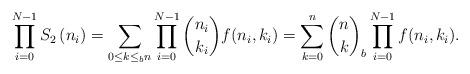
LaTeX: \begin{align*}\prod_{i=0}^{N-1}S_2\left(n_i\right) = \sum_{0\leq k \leq_b n} \prod_{i=0}^{N-1}\binom{n_i}{k_i}f(n_i,k_i) = \sum_{k=0}^{n} \binom{n}{k}_b \prod_{i=0}^{N-1}f(n_i,k_i).\end{align*}